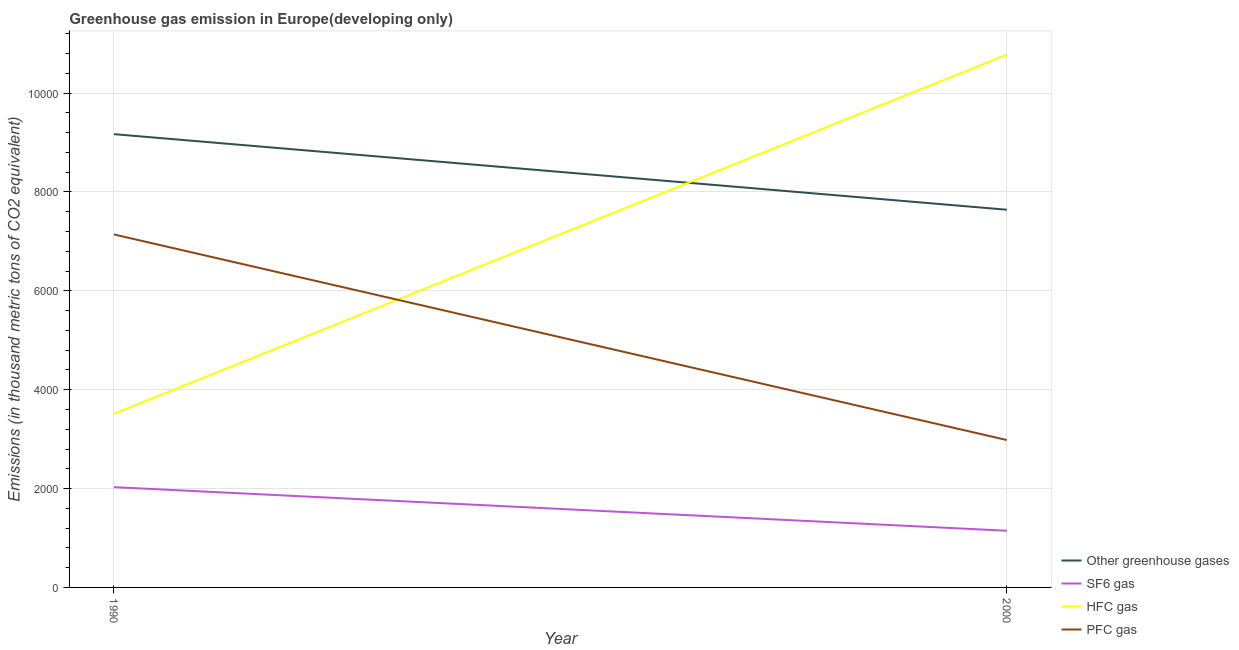
| Year | Other greenhouse gases | SF6 gas | HFC gas | PFC gas |
 | --- | --- | --- | --- | --- |
 | 1990 | 9.17e+03 | 2.03e+03 | 3.51e+03 | 7.14e+03 |
 | 2000 | 7.64e+03 | 1.15e+03 | 1.08e+04 | 2.98e+03 |